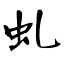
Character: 虬